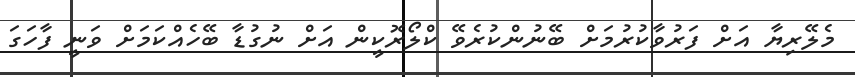
މެލޭރިޔާ އަށް ފަރުވާކުރުމަށް ބޭނުންކުރެވޭ ކްލޯރޮކީން އަށް ނުގުޑާ ބޭހެއްކަމަށް ވަނީ ފާހަގަ